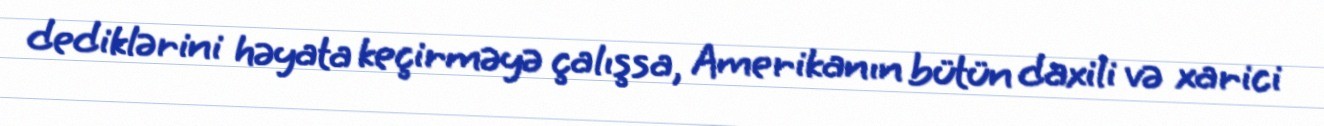
dediklərini həyata keçirməyə çalışsa, Amerikanın bütün daxili və xarici